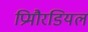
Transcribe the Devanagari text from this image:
प्रिमौरडियल